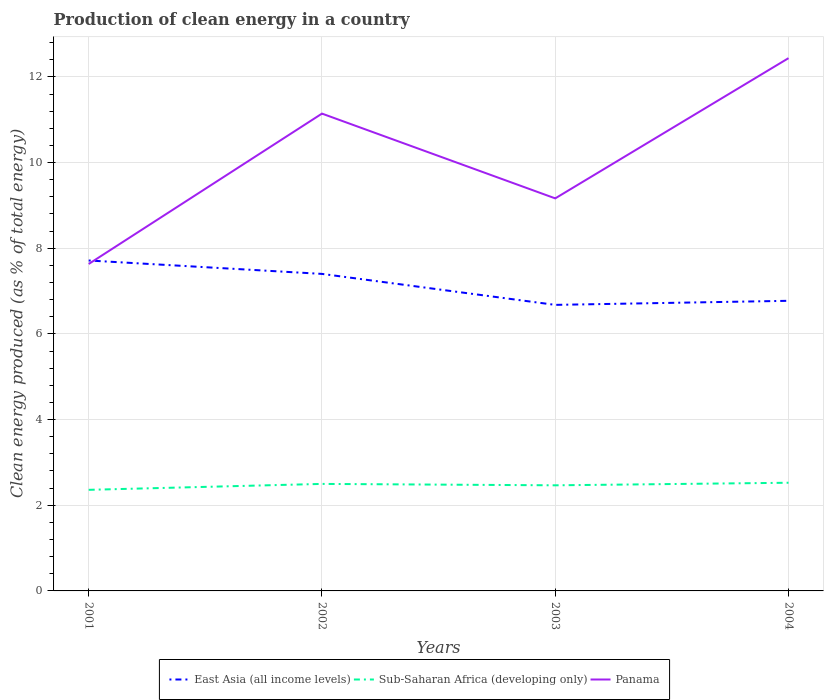
| Years | East Asia (all income levels) | Sub-Saharan Africa (developing only) | Panama |
 | --- | --- | --- | --- |
 | 2001 | 7.71 | 2.36 | 7.63 |
 | 2002 | 7.4 | 2.5 | 11.1 |
 | 2003 | 6.68 | 2.47 | 9.16 |
 | 2004 | 6.77 | 2.53 | 12.4 |